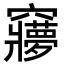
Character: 𮄥